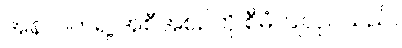
အနာဂတ်ရဲ့ အစီအစဉ်ကို စီမံ ပြုလုပ်သည်။